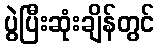
ပွဲပြီးဆုံးချိန်တွင်